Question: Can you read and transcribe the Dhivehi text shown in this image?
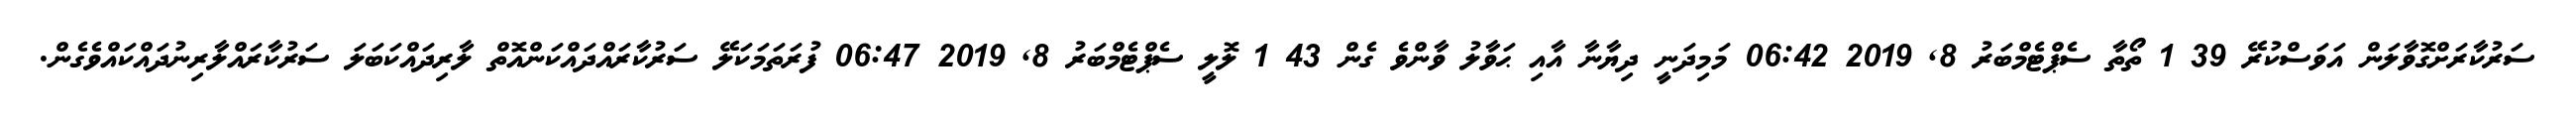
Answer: ސަރުކާރަށްގޮވާލަން އަވަސްކުރޭ 39 1 ތޯތާ ސެޕްޓެމްބަރު 8, 2019 06:42 މަމިދަނީ ދިޔާނާ އާއި ޙަވާލު ވާންވެ ގެން 43 1 ލޮލީ ސެޕްޓެމްބަރު 8, 2019 06:47 ފުރަތަމަކަލޭ ސަރުކާރައްދައްކަންއޮތް ލާރިދައްކަބަލަ ސަރުކާރައްލާރިނުދައްކައްވެގެން.